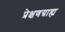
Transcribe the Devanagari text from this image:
प्रेक्षणग्राह्य